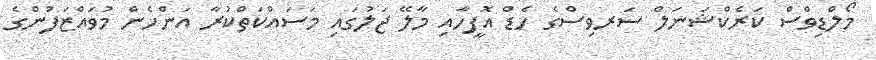
މޯލްޑިވްސް ކަރެކްޝަނަލް ސަރވިސްގެ ހެޑް އޮފީހާއި މާލޭ ޖަލުގައި މަސައްކަތްކުރާ އަންހެން މުވައްޒަފުންގެ